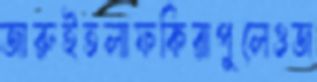
জারুইতলাফকিরাপুলেওজ